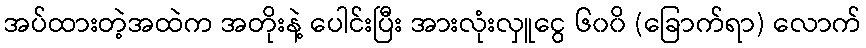
အပ်ထားတဲ့အထဲက အတိုးနဲ့ ပေါင်းပြီး အားလုံးလှူငွေ ၆၀၀ိ (ခြောက်ရာ) လောက်